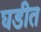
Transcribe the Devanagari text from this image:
घडीत